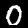
Label: 0